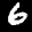
Label: 6